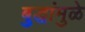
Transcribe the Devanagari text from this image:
बुद्धांमुळे